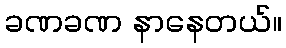
ခဏခဏ နာနေတယ်။